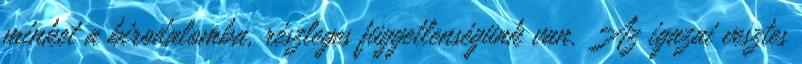
minket a birodalomba, részleges függetlenségünk van. Az igazai vesztes